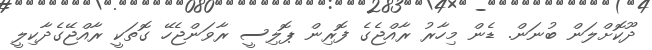
ދޫކޮށްލަން ބުނަން. ޑެން މިހާރު ރާއްޖެގެ ފޮރިން ޕޮލިސީ ރާވަންޖެހޭ ގޮތަކީ ރާއްޖޭގެދާކިލީ